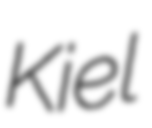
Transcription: Kiel